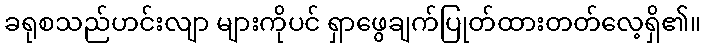
ခရုစသည်ဟင်းလျာ များကိုပင် ရှာဖွေချက်ပြုတ်ထားတတ်လေ့ရှိ၏။